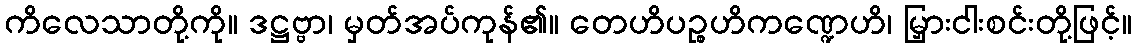
ကိလေသာတို့ကို။ ဒဋ္ဌဗ္ဗာ၊ မှတ်အပ်ကုန်၏။ တေဟိပဉ္စဟိကဏ္ဍေဟိ၊ မြှားငါးစင်းတို့ဖြင့်။